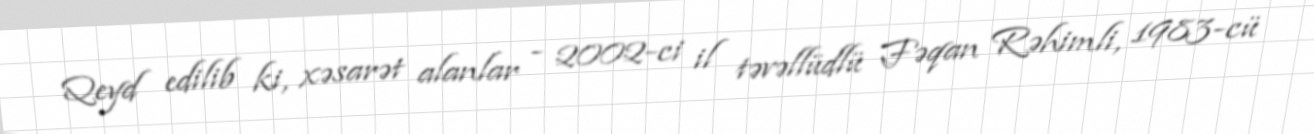
Qeyd edilib ki, xəsarət alanlar - 2002-ci il təvəllüdlü Fəqan Rəhimli, 1983-cü